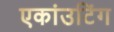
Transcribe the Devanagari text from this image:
एकांउटिंग